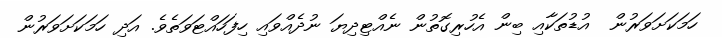
ހަމަކަށަވަރުން  އުޑުތަކާއި ބިން އެހުރިގޮތުން ނެއްޓިދިޔަ ނުދެއްވައި ހިފަހައްޓަވަތެވެ. އަދި ހަމަކަށަވަރުން